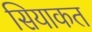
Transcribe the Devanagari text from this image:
सियाकत